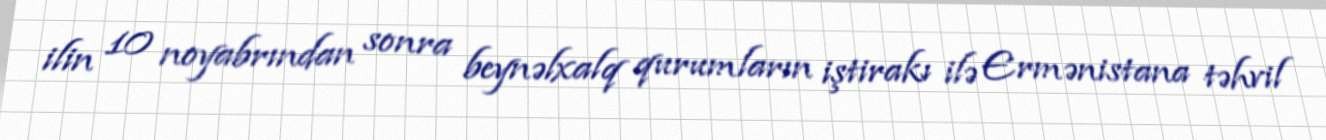
ilin 10 noyabrından sonra beynəlxalq qurumların iştirakı ilə Ermənistana təhvil